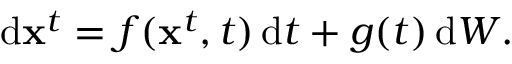
\mathrm { d } \mathbf { x } ^ { t } = f ( \mathbf { x } ^ { t } , t ) \, \mathrm { d } t + g ( t ) \, \mathrm { d } W .